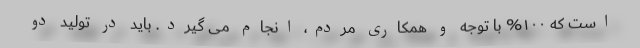
است که ۱۰۰% با توجه و همکاری مردم، انجام می گیرد. باید در تولید دو